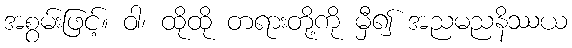
အစွမ်းဖြင့်။ ဝါ၊ ထိုထို တရားတို့ကို မှီ၍ အညမညနိဿယ